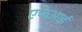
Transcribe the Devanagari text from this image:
एफेआई